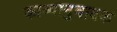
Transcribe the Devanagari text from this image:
काव्यानुवादक